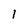
Character: 1